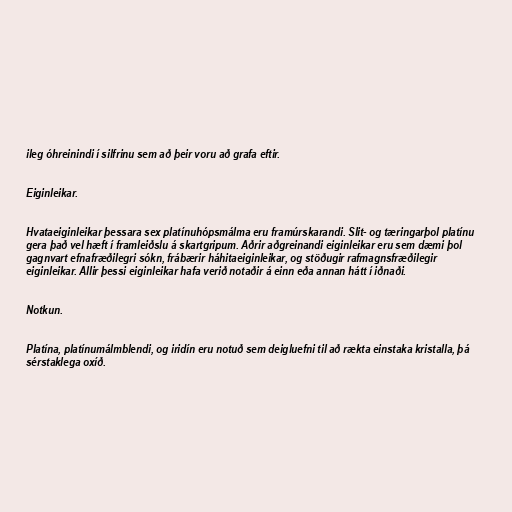
ileg óhreinindi í silfrinu sem að þeir voru að grafa eftir.

Eiginleikar.

Hvataeiginleikar þessara sex platínuhópsmálma eru framúrskarandi. Slit- og tæringarþol platínu
gera það vel hæft í framleiðslu á skartgripum. Aðrir aðgreinandi eiginleikar eru sem dæmi þol
gagnvart efnafræðilegri sókn, frábærir háhitaeiginleikar, og stöðugir rafmagnsfræðilegir
eiginleikar. Allir þessi eiginleikar hafa verið notaðir á einn eða annan hátt í iðnaði.

Notkun.

Platína, platínumálmblendi, og iridín eru notuð sem deigluefni til að rækta einstaka kristalla, þá
sérstaklega oxíð.